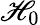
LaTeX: \mathscr{H}_{0}